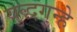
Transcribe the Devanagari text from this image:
युद्धगुन्हे